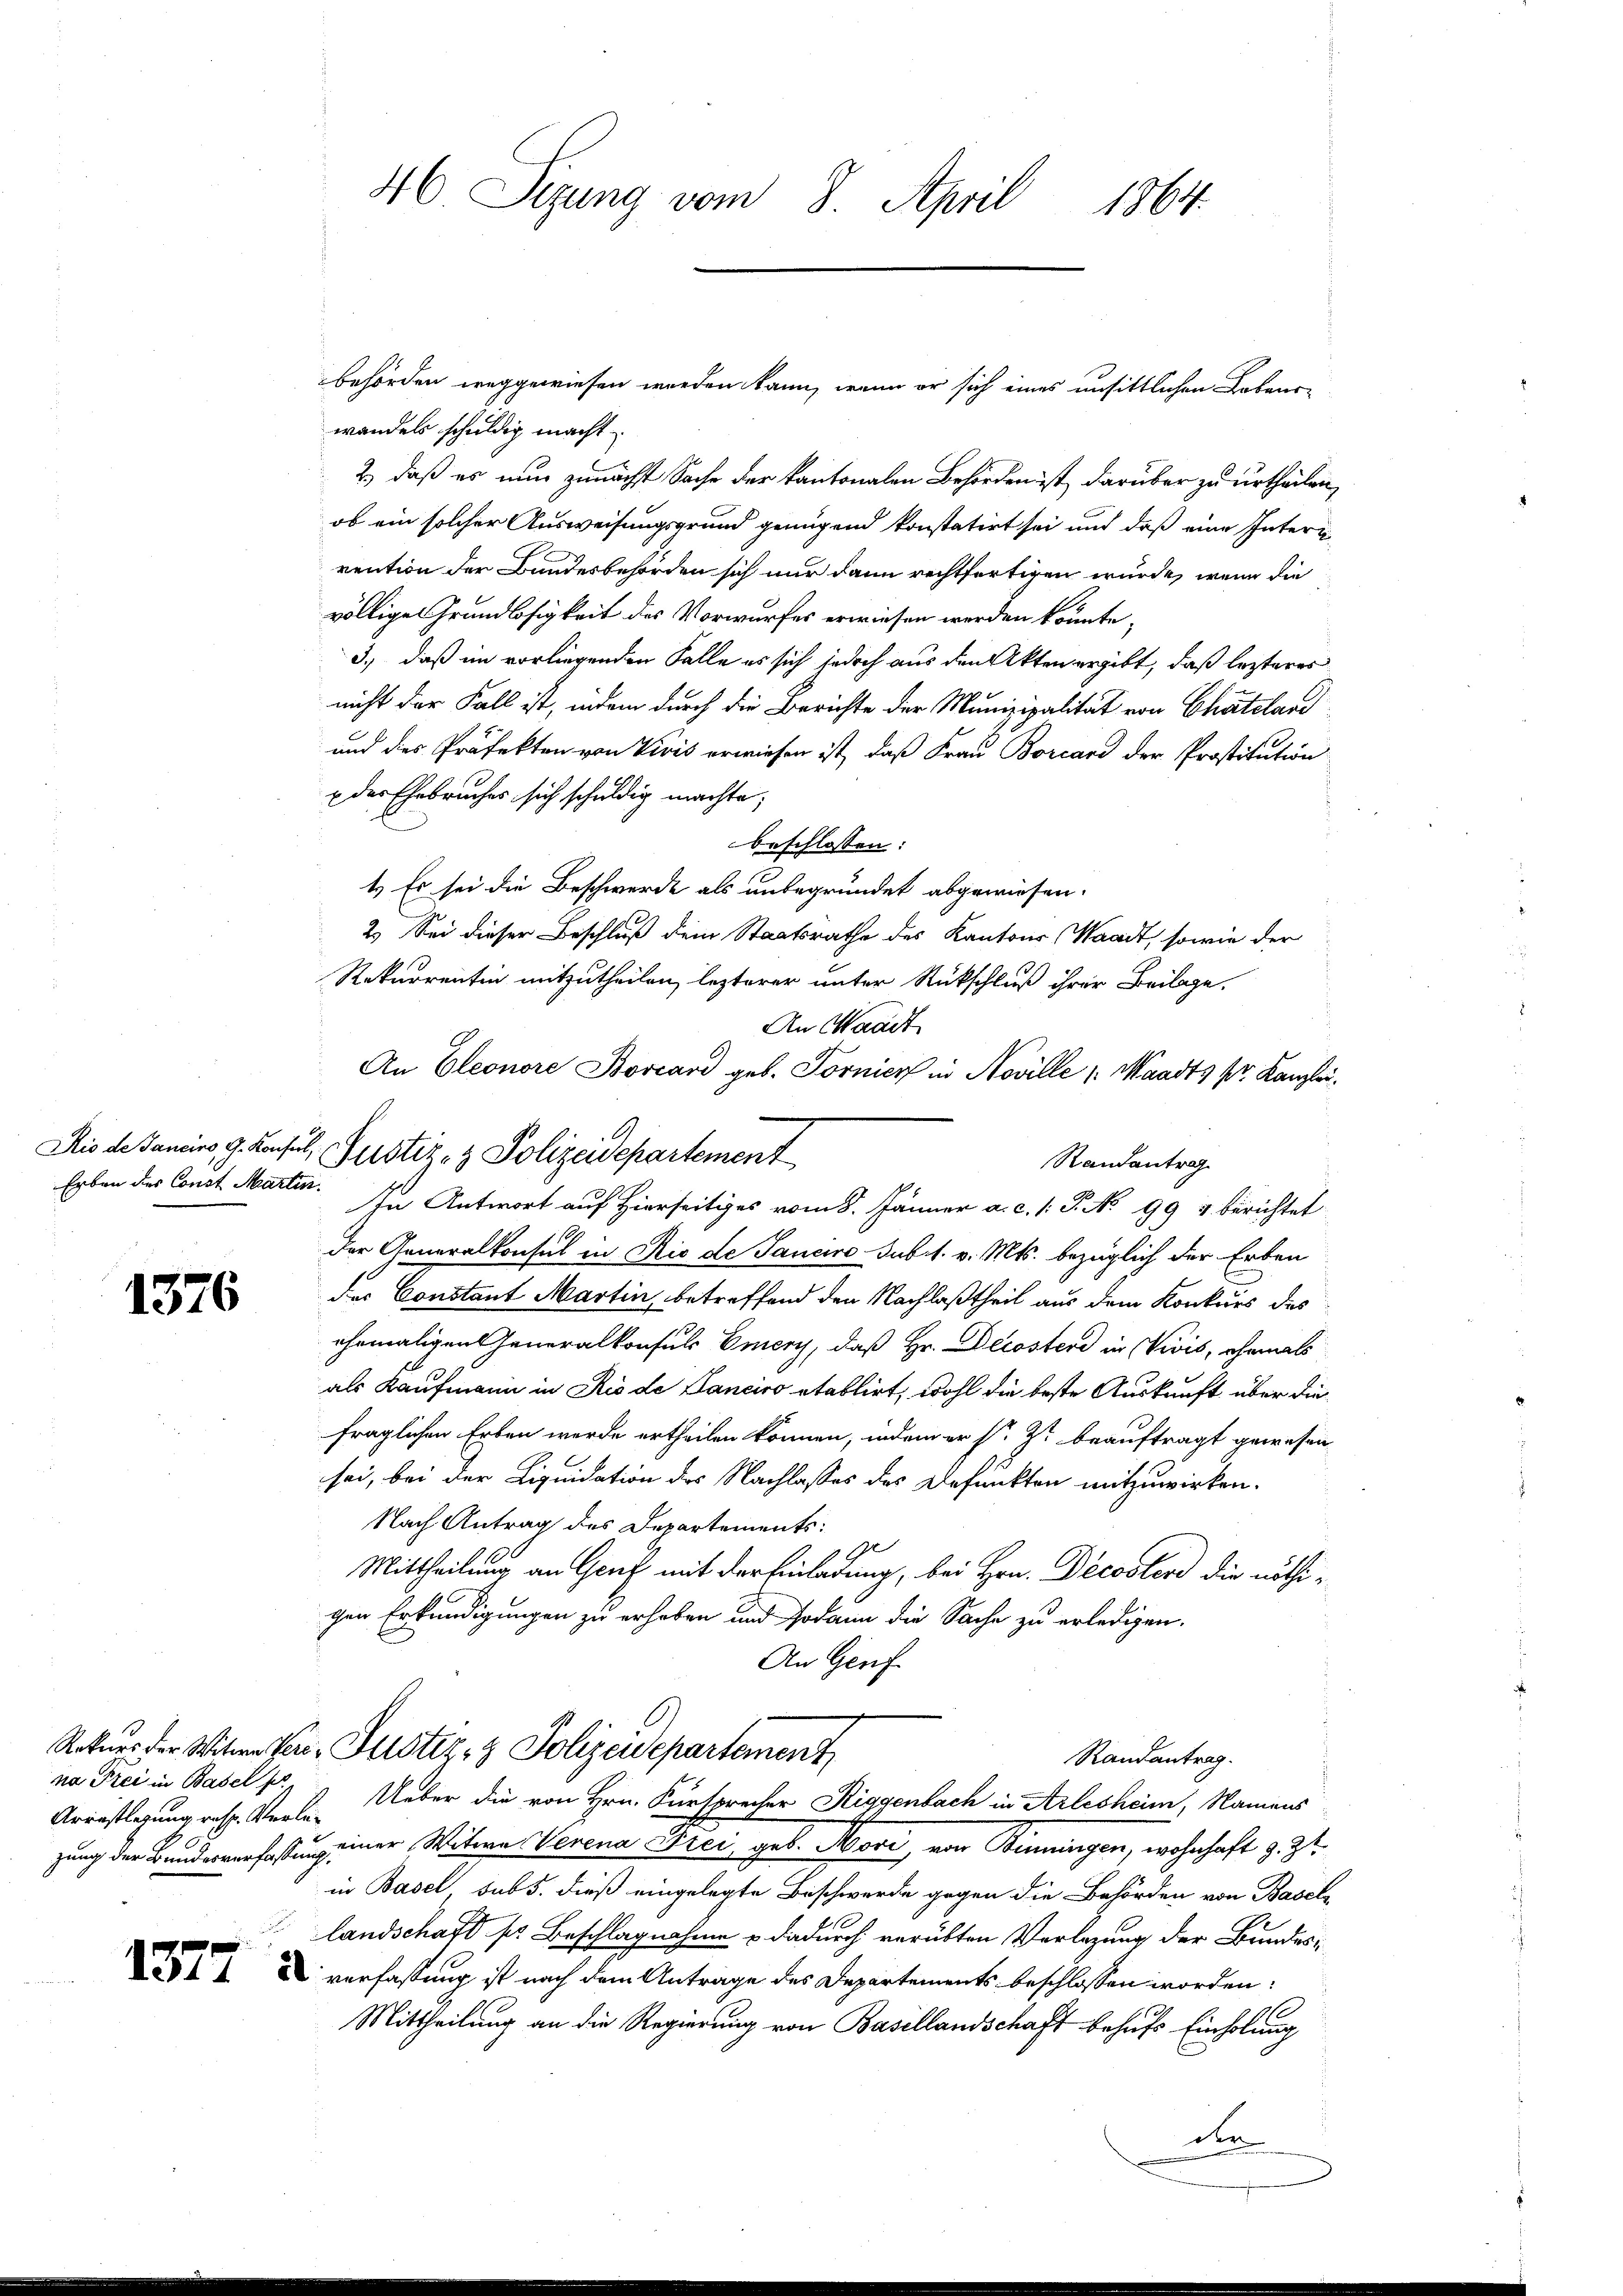
1376

na Frei in Basel pr

46 Sizung vom 8. April 1864.

behörden weggewiesen werden kann, wenn er sich eines unsittlichen Lebens-
wandels schuldig macht
2.) daß es nun zunächst Sache der kantonalen Behörden ist, darüber zu urtheilen,
ob ein solcher Ausweisungsgrund genügend konstatirt sei und daß eine Inters
rention der Bundesbehörden sich nur dann rechtfertigen würde, wenn die
völlige Grundlosigkeit des Vorwurfes erwiesen werden könnte,
3.) daß im vorliegenden Falle es sich jedoch aus den Akten ergibt, daß lezteres
nicht der Fall ist, indem durch die Berichte der Munizipalität von Chateland
und des Präfekton von Vivis erwiesen ist, daß Frau Borcard der Prostitution
x der Ehebruches sich schuldig machte;
beschlossen:
4.) Es sei die Beschwerde als unbegründet abgewiesen.
2.) Sei dieser Beschluß dem Staatsrathe des Kantons Waadt, sowie der
Rekurrentin mitzutheilen, lezterer unter Rückschluß ihrer Beilage.
An Waadt
An Eleonore Bovcard geb. Tornier in Noville (Waadt, pr. Kanzlei.
Randantrag
Erben des Const. Martin. In Antwort auf Hierseitiges vom 8. Jänner a. c. 1: P. No 994 berichtet
der Generalkonsul in Rio de Janeiro sub 1. v. Mts. bezüglich der Erben
der Constant Martin, betreffend den Nachlaßtheil aus dem Konkurs des
ehemaligen Generalkonsuls Emery, daß Hr. Decostend in Vivis, ehemals
als Kaufmann in Rio de Sanciro etablirt, wohl die beste Auskunft über die
fraglichen Erben werde ertheilen können, indem er s. Z. beauftragt gewesen
sei, bei der Liquidation des Nachlasses des Befunkten mitzuwirken.
Nach Antrag des Departements:
Mittheilung an Genf mit der Einladung, bei Hrn. Decoster die nöthichen Erkundigungen zu erhoben und sodann die Sache zu erledigen.
An Genf
Rekurs der Witwe Per-Justiz- & Polizeidepartement
Randantrag.
Arrestlegung resp. Verle. Ueber die von Hrn. Fürsprecher Riggenbach in Arlesheim, Namens
zung der Bundesverfassung einer Witwe Verena Drei geb. Moori, von Binningen, wohnhaft z. Zt.
in Basel sub. dieß eingelegte Beschwerde gegen die Behörden von Basel¬
 landschaft pr Beschlagnahme & dadurch verübten Verlegung der Bundes¬
 D verfassung ist nach dem Anträge des Departements beschlossen worden.
Mittheilung an die Regierung von Basellandschaft behufs Einholung
den

Rio de Janeins, 9. Konsul, Justiz- & Polizeidepartement